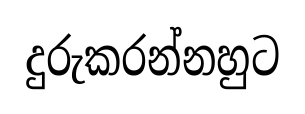
දුරුකරන්නහුට